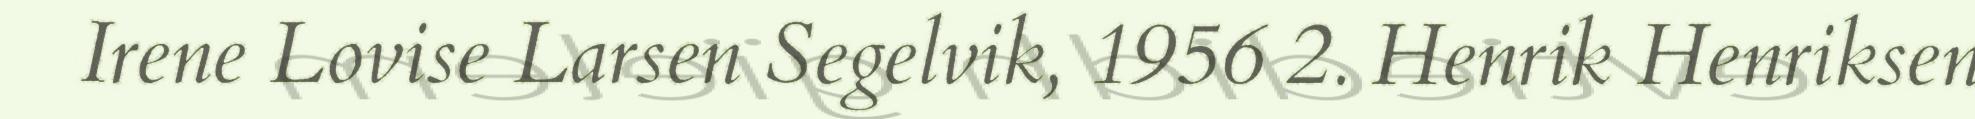
Irene Lovise Larsen Segelvik, 1956 2. Henrik Henriksen